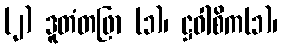
(၂) ဒူတံတဖြာ (၁)၊ ဋ္ဌဝါစိက(၁)၊